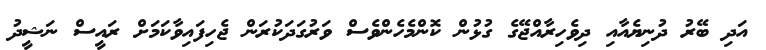
އަދި ބޭރު ދުނިޔެއާއި ދިވެހިރާއްޖޭގެ ގުޅުން ކޮންމެހެންވެސް ވަރުގަދަކުރަން ޖެހިފައިވާކަމަށް ރައީސް ނަޝީދު